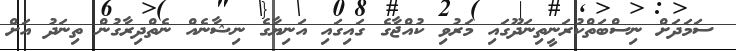
ސަމަދަށް ނިސްބަތްކުރަނީތިނަދޫގައި މަރުވި ކުއްޖާގެ ގައިގައި އަނިޔާގެ ނިޝާނެއް ނެތްދިރާގުން ތިނަދު އަށް